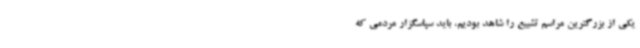
یکی از بزرگترین مراسم تشییع را شاهد بودیم، باید سپاسگزار مردمی که